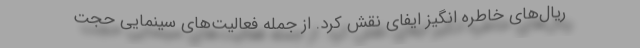
ریال‌های خاطره انگیز ایفای نقش کرد. از جمله فعالیت‌های سینمایی حجت